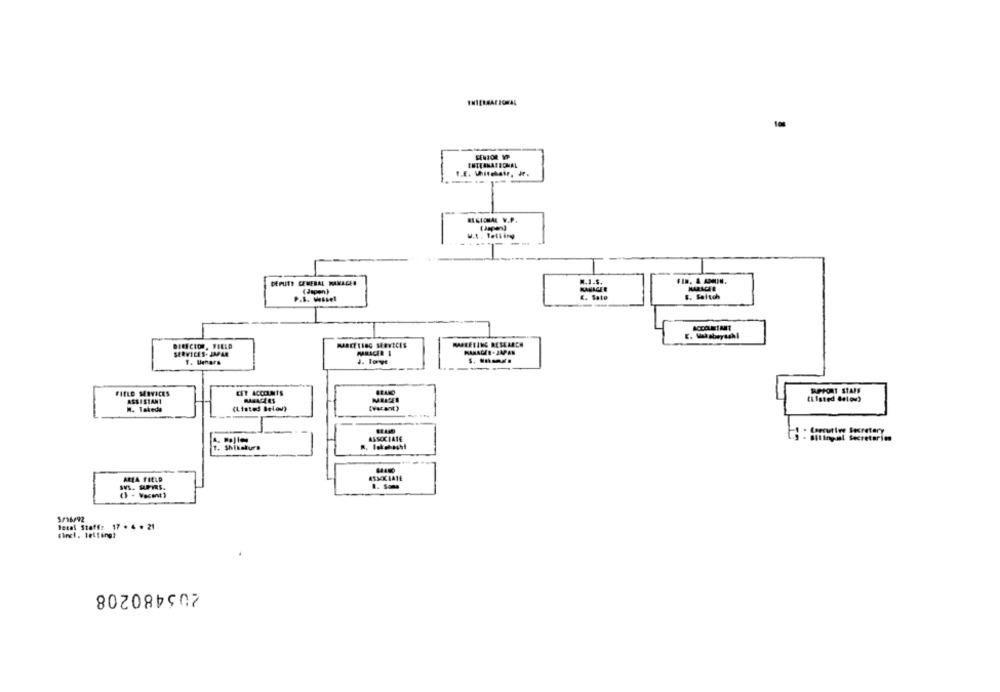
SENIOR MP
INTERNATIONAL
BELOMAL W.P.
w.t. telling
DEPUTY GENERAL MANAGER
.. I.S.
(Japan)
P.S. Wessel
E. Sato
$. Seitoh
MARKETING RESEARCH
SERVICES. JAPAR
J. Tove
--
FIELD SERVICES
CET ACCOUNTS
RAPPORT STAFF
ASSISTANT
RASACIES
M. Takeda
(Listed Below)
. Caerutive Secretary
ASSOCIATE
3 - Bitingal Secretarion
1. Shikakurs
ALLA FIELD
1. Som
Betal Staff: 17 . 4 . 21
205480208